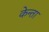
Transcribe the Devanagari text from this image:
केन्ता